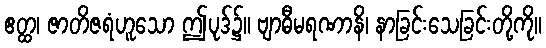
ဧတ္ထ၊ ဇာတိဇရံဟူသော ဤပုဒ်၌။ ဗျာဓီမရဏာနိ၊ နာခြင်းသေခြင်းတို့ကို။